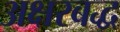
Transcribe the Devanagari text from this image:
अक्षरबद्ध